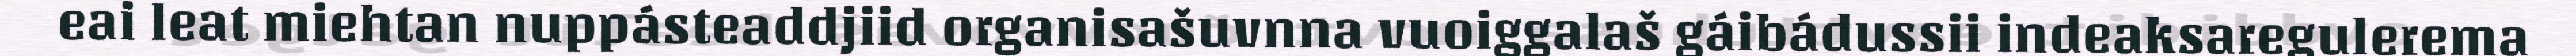
eai leat miehtan nuppásteaddjiid organisašuvnna vuoiggalaš gáibádussii indeaksaregulerema